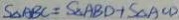
S _ { \Delta A B C } = S _ { \Delta A B D } + S _ { \Delta A C D }